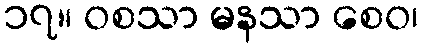
၁၇။ ဝစသာ မနသာ စေဝ၊